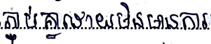
ភ្ជាប់គ្នាដោយមិនមានការ